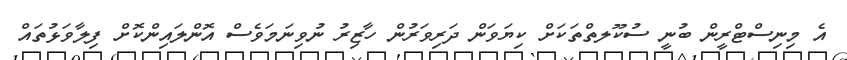
އެ މިނިސްޓްރީން ބުނީ ސުކޫލތްތަކަށް ކިޔަވަން ދަރިވަރުން ހާޒިރު ނުވިނަމަވެސް އޮންލައިންކޮށް ފިލާވަޅުތައް